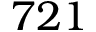
{ 7 2 1 }